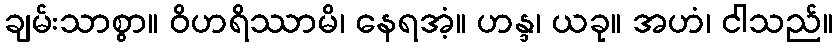
ချမ်းသာစွာ။ ဝိဟရိဿာမိ၊ နေရအံ့။ ဟန္ဒ၊ ယခု။ အဟံ၊ ငါသည်။